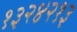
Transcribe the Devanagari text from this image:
१३२४२१३